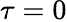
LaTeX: \tau=0